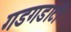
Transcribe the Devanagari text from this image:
गडगडाटी